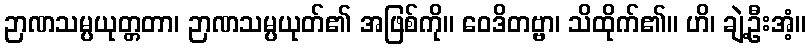
ဉာဏသမ္ပယုတ္တတာ၊ ဉာဏသမ္ပယုတ်၏ အဖြစ်ကို။ ဝေဒိတဗ္ဗာ၊ သိထိုက်၏။ ဟိ၊ ချဲ့ဦးအံ့။